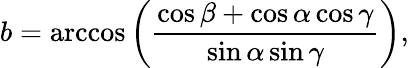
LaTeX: b=\operatorname{arccos}\left({\frac{\cos\beta+\cos\alpha\cos\gamma}{\sin\alpha\sin\gamma}}\right),